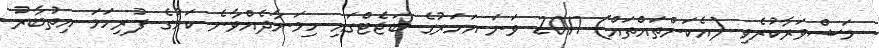
މަޝްވަރާކުރެވި (އެކަންތައްތައް) 2017 ވަނަ އަހަރުގެ ބަޖެޓްގައި ހިމަނާދެއްވާނެ ކަމުގެ ފުރިހަމަ އިތުބާރު